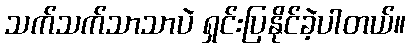
သက်သက်သာသာပဲ ရှင်းပြနိုင်ခဲ့ပါတယ်။